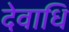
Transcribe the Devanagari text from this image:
देवाधि